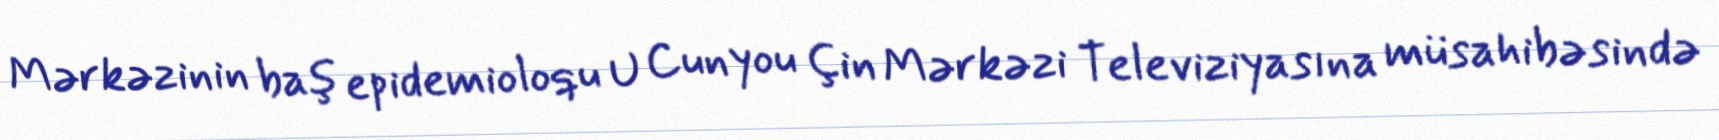
Mərkəzinin baş epidemioloqu U Cunyou Çin Mərkəzi Televiziyasına müsahibəsində